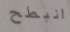
انبطح